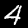
Digit: 4